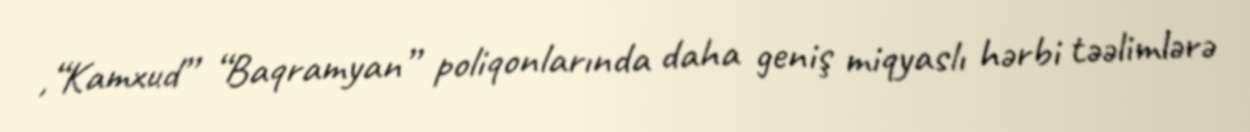
,“Kamxud” “Baqramyan” poliqonlarında daha geniş miqyaslı hərbi təəlimlərə